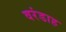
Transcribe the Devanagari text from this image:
वरंडाह